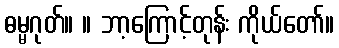
ဓမ္မဂုတ်။ ။ ဘာ့ကြောင့်တုန်း ကိုယ်တော်။